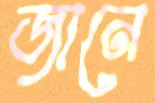
জানে